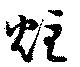
炷